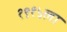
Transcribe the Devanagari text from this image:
१९१५ला